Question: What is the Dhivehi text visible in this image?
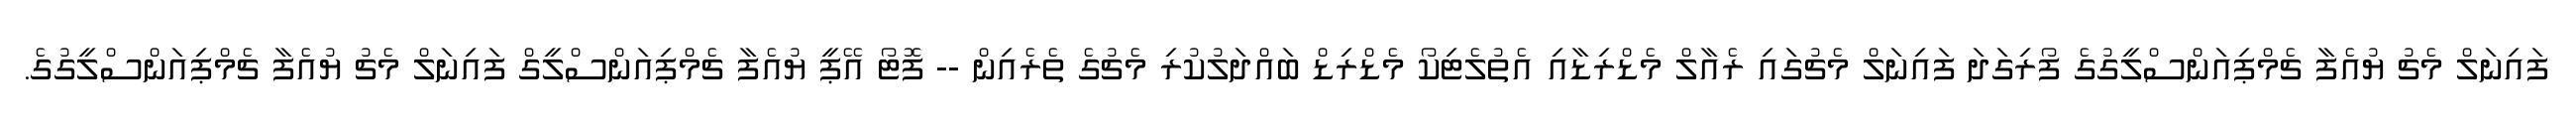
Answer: ފައިނަލް މެޗު ޔުއެފާ ޗެމްޕިއަންސްލީގުގެ ފޯރިގަދަ ފައިނަލް މެޗުގައި ރެއާލް މެޑްރިޑާއި އެތުލެޓިކޯ މެޑްރިޑް ބައްދަލުކުރި މެޗުގެ ތެރެއިން -- ފޮޓޯ އޭޕީ ޔުއެފާ ޗެމްޕިއަންސްލީގް ފައިނަލް މެޗު ޔުއެފާ ޗެމްޕިއަންސްލީގުގެ.